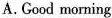
A.Good morning